Vaccine operations Central Provinces 1868-1885 - 1868-1885
Year: 1868
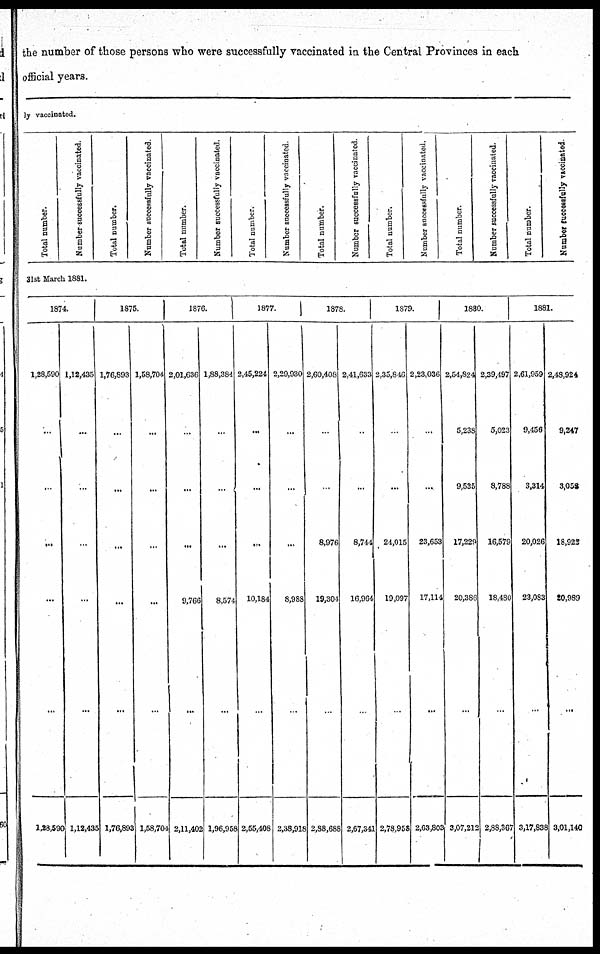
the number of those persons who were successfully vaccinated in the Central Provinces in each
official years.
Total number.
Number successfully vaccinated.
Total number.
Number successfully vaccinated.
Total number.
Number successfully vaccinated.
Total number.
Number successfully vaccinated.
Total number.
Number successfully vaccinated.
Total number.
Number successfully vaccinated. .
Total number.
Number successfully vaccinated.
Total number.
Number successfully vaccinated.
31st March 1881.
1874.
1,28,590
...
...
...
...
...
1,28,590
1,12,435
...
...
...
...
...
1,12,435
1875.
1,76,893
...
...
...
...
...
1,76,893
1,58,704
...
...
...
...
...
1,58,704
1876.
2,01,636
...
...
...
9,766
...
2,11,402
1,88,384
...
...
...
8,574
...
1,96,958
1877.
2,45,224
...
...
...
10,184
...
2,55,408
2,29,930
...
...
...
8,988
...
2,38,918
1878.
2,60,408
...
...
8,976
19,304
...
2,88,688
2,41,633
..
...
8,744
16,964
...
2,67,341
1879.
2,35,846
...
...
24,015
19,097
...
2,78,958
2,23,036
...
...
23,653
17,114
...
2,63,803
1880.
2,54,824
5,238
9,535
17,229
20,386
...
3,07,212
2,39,497
5,023
8,788
16,579
18,480
...
2,88,367
1881.
2,61,959
9,456
3,314
20,026
23,083
...
3,17,838
2,48,924
9,247
3,059
18,922
20,989
...
3,01,140